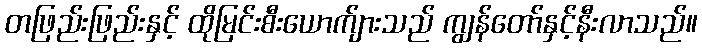
တဖြည်းဖြည်းနှင့် ထိုမြင်းစီးယောက်ျားသည် ကျွန်တော်နှင့်နီးလာသည်။